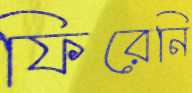
ফিরেনি